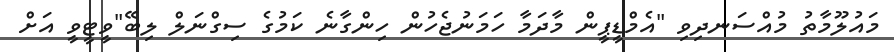
މައުލޫމާތު މުއްސަނދިވި "އެމްޑީޕީން މާދަމާ ހަމަނުޖެހުން ހިންގާނެ ކަމުގެ ސިގްނަލް ލިބޭ"ވީޓީވީ އަށް